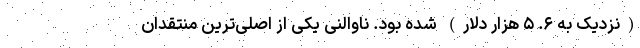
(نزدیک به ۶. ۵ هزار دلار) شده بود. ناوالنی یکی از اصلی‌ترین منتقدان